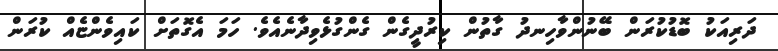
ދަރިއަކު ބޮޑުކުރަން ބޭނުންވާހިނދު ގާތުން ކިރުދީގެން ގެންގުޅެވިދާނެއެވެ. ހަމަ އެގޮތަށް ކައިވެންޏެއް ކުރަން